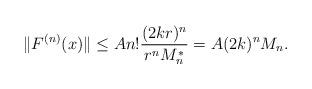
LaTeX: \begin{align*}\|F^{(n)}(x)\|\le An!\frac{(2kr)^n}{r^n M_n^*}=A (2k)^nM_n.\end{align*}